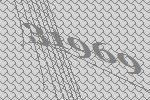
31969